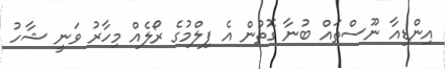
އިންޑިއާ ނޫސްތައް ބުނާ ގޮތުން އެ ފިލްމުގެ ރޯލެއް މިހާރު ވަނީ ޝާހު